Indian journal of veterinary science and animal husbandry - Volume 10,
Year: 1940
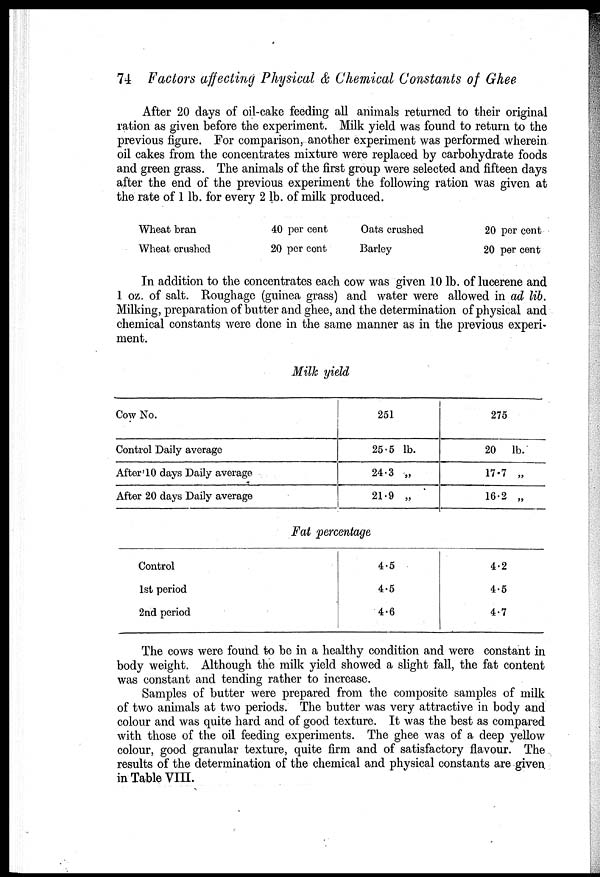
74 Factors affecting Physical & Chemical Constants of Ghee
After 20 days of oil-cake feeding all animals returned to their original
ration as given before the experiment. Milk yield was found to return to the
previous figure. For comparison, another experiment was performed wherein
oil cakes from the concentrates mixture were replaced by carbohydrate foods
and green grass. The animals of the first group were selected and fifteen days
after the end of the previous experiment the following ration was given at
the rate of 1 lb. for every 2 lb. of milk produced.
Wheat bran
Wheat crashed
40 per cent
20 per cent
Oats crushed
Barley
20 per cent
20 per cent
In addition to the concentrates each cow was given 10 lb. of lucerene and
1 oz. of salt. Roughage (guinea grass) and water were allowed in ad lib.
Milking, preparation of butter and ghee, and the determination of physical and
chemical constants were done in the same manner as in the previous experi-
ment.
Milk yield
Cow No.
Control Daily average
After 10 days Daily average
After 20 days Daily average
251
25.5 lb.
24.3 „
21.9 „
275
20
lb.
17.7 „
16.2 „
Fat percentage
Control
1st period
2nd period
4.5
4.5
4.6
4.2
4.5
4.7
The cows were found to be in a healthy condition and were constant in
body weight. Although the milk yield showed a slight fall, the fat content
was constant and tending rather to increase.
Samples of butter were prepared from the composite samples of milk
of two animals at two periods. The butter was very attractive in body and
colour and was quite hard and of good texture. It was the best as compared
with those of the oil feeding experiments. The ghee was of a deep yellow
colour, good granular texture, quite firm and of satisfactory flavour. The
results of the determination of the chemical and physical constants are given
in Table VIII.